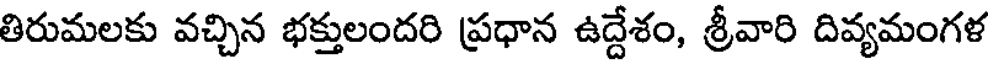
తిరుమలకు వచ్చిన భక్తులందరి ప్రధాన ఉద్దేశం, శ్రీవారి దివ్యమంగళ